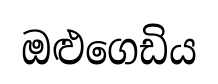
ඔළුගෙඩිය